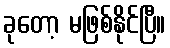
ခုတော့ မဖြစ်နိုင်ပြီ။